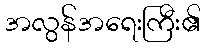
အလွန်အရေးကြီး၏